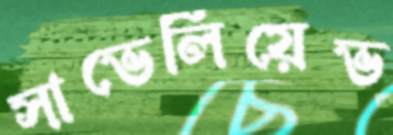
সাভেলিয়েভ